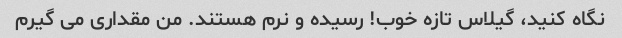
نگاه کنید، گیلاس تازه خوب! رسیده و نرم هستند. من مقداری می گیرم